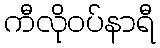
ကီလိုဝပ်နာရီ